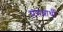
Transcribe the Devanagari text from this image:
प्रसन्नार्थी